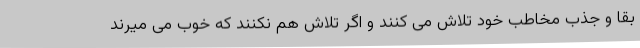
بقا و جذب مخاطب خود تلاش می کنند و اگر تلاش هم نکنند که خوب می میرند